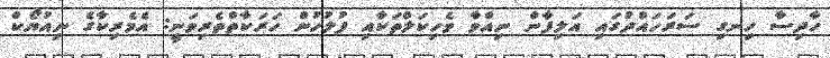
ހާދިސާ ހިނގި ސަރަހައްދުގައި އަލިފާން ނިއްވާ ވެހިކަލްތަކާއި ފުލުހުން ހަރަކާތްތެރިވަނީ: އެމެރިކާގެ ނިއުޔޯކް